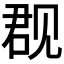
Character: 𰴙